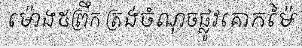
ម៉ោង៥ព្រឹក ត្រង់ចំណុចផ្លូវគោកម៉ៃ